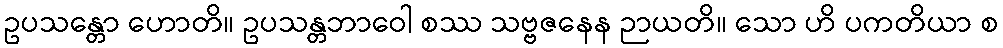
ဥပသန္တော ဟောတိ။ ဥပသန္တဘာဝေါ စဿ သဗ္ဗဇနေန ဉာယတိ။ သော ဟိ ပကတိယာ စ